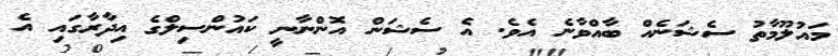
މައުލޫމާތު ސެޝަނެއް ބާއްވާނެ އެވެ. އެ ސެޝަން އޮންނާނީ ކައުންސިލްގެ އިދާރާގައި އެ